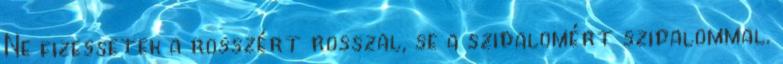
Ne fizessetek a rosszért rosszal, se a szidalomért szidalommal.